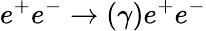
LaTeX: e^{+}e^{-}\to(\gamma)e^{+}e^{-}